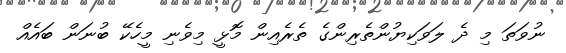
ނުވަތަ މި ދެ ލަވަކިޔުންތެރިންގެ ތެރެއިން މޮޅީ މިވެނި މީހެކޭ ބުނަން ބައެއް